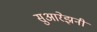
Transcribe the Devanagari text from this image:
सुआरेझनी